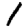
Digit: 1